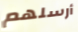
أرسلهم